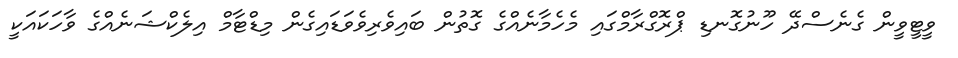
ވީޓީވީން ގެނެސްދޭ ހޫނުގޮނޑި ޕްރޮގްރާމްގައި މެހެމާނެއްގެ ގޮތުން ބައިވެރިވެވަޑައިގެން މިޑްޓާމް އިލެކްޝަނެއްގެ ވާހަކައަކީ